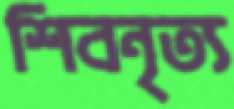
শিবনৃত্য